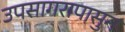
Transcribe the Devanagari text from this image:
उपसागरापासुन